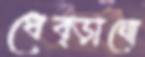
ধেব্‌ড়ানো